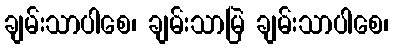
ချမ်းသာပါစေ၊ ချမ်းသာမြဲ ချမ်းသာပါစေ၊